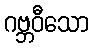
ဂဗ္ဘဝီသော